Indian journal of veterinary science and animal husbandry - Volume 2,
Year: 1932
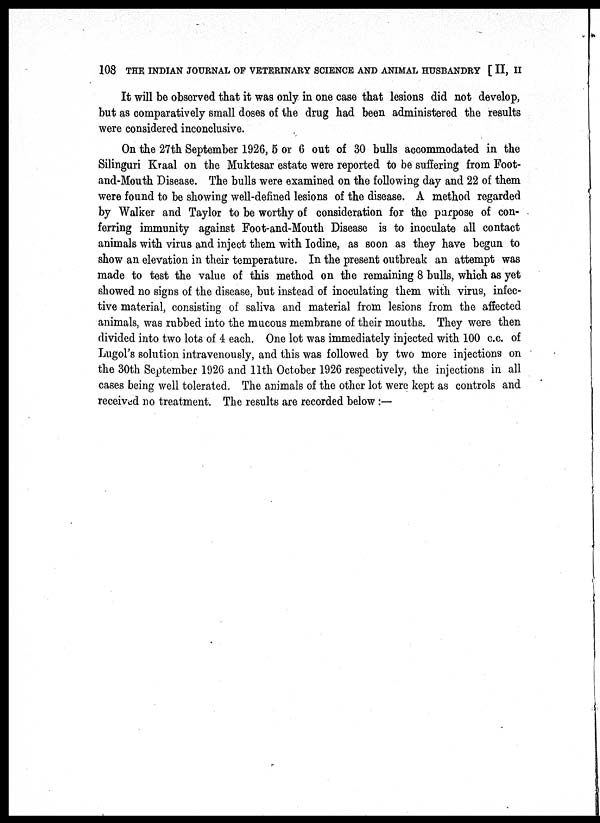
108 THE INDIAN JOURNAL OF VETERINARY SCIENCE AND ANIMAL HUSBANDRY [ II, II
It will be observed that it was only in one case that lesions did not develop,
but as comparatively small doses of the drug had been administered the results
were considered inconclusive.
On the 27th September 1926, 5 or 6 out of 30 bulls accommodated in the
Silinguri Kraal on the Muktesar estate were reported to be suffering from Foot-
and-Mouth Disease. The bulls were examined on the following day and 22 of them
were found to be showing well-defined lesions of the disease. A method regarded
by Walker and Taylor to be worthy of consideration for the purpose of con-
ferring immunity against Foot-and-Mouth Disease is to inoculate all contact
animals with virus and inject them with Iodine, as soon as they have begun to
show an elevation in their temperature. In the present outbreak an attempt was
made to test the value of this method on the remaining 8 bulls, which as yet
showed no signs of the disease, but instead of inoculating them with virus, infec-
tive material, consisting of saliva and material from lesions from the affected
animals, was rubbed into the mucous membrane of their mouths. They were then
divided into two lots of 4 each. One lot was immediately injected with 100 c.c. of
Lugol's solution intravenously, and this was followed by two more injections on
the 30th September 1926 and 11th October 1926 respectively, the injections in all
cases being well tolerated. The animals of the other lot were kept as controls and
received no treatment. The results are recorded below :—